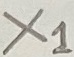
Text: X1